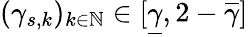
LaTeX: (\gamma_{s,k})_{k\in\mathbb{N}}\in[\underline{{\gamma}},2-\overline{{\gamma}}]